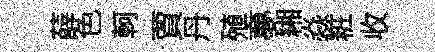
薛色軻賈丹殖夣緗焱粧收